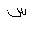
Letter: _sin